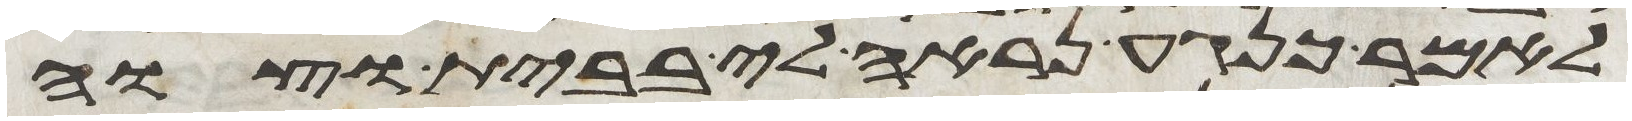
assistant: לאמר כנגע נראה לי בבית וצוה